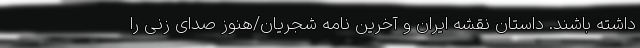
داشته باشند. داستان نقشه ایران و آخرین نامه شجریان/هنوز صدای زنی را